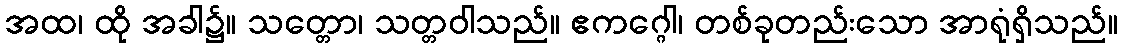
အထ၊ ထို အခါ၌။ သတ္တော၊ သတ္တဝါသည်။ ဧကဂ္ဂေါ၊ တစ်ခုတည်းသော အာရုံရှိသည်။